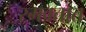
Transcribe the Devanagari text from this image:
रमवतात